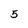
Character: 5